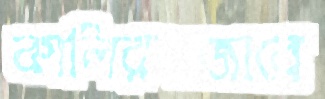
কালিরবাজারে